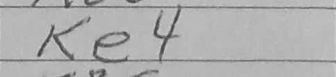
Transcription: Ke4